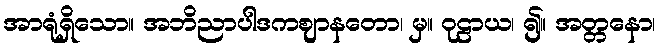
အာရုံရှိသော။ အဘိညာပါဒကဈာနတော၊ မှ။ ဝုဠာယ၊ ၍။ အတ္တနော၊